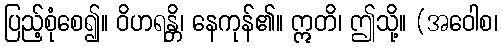
ပြည့်စုံစေ၍။ ဝိဟရန္တိ၊ နေကုန်၏။ ဣတိ၊ ဤသို့။ (အဝေါစ၊